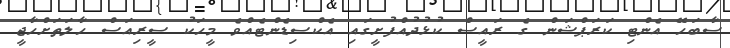
ސާބަހޭ އެންޓި ކަރަޕްޝަން ގެ ރައީސް ކުޅުދުއްފުށީގައި އެކްސިޑެންޓެއްވެ މީހަކު ސީރިއަސް ހާލަތަށްހާޖީ